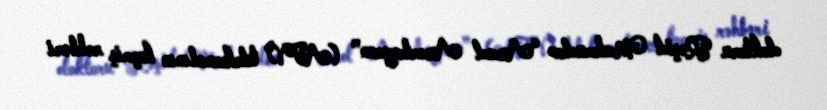
doktoru Rəşid Mahmudov “Azad Azərbaycan” (ATV) telekanalının keçmiş rəhbəri